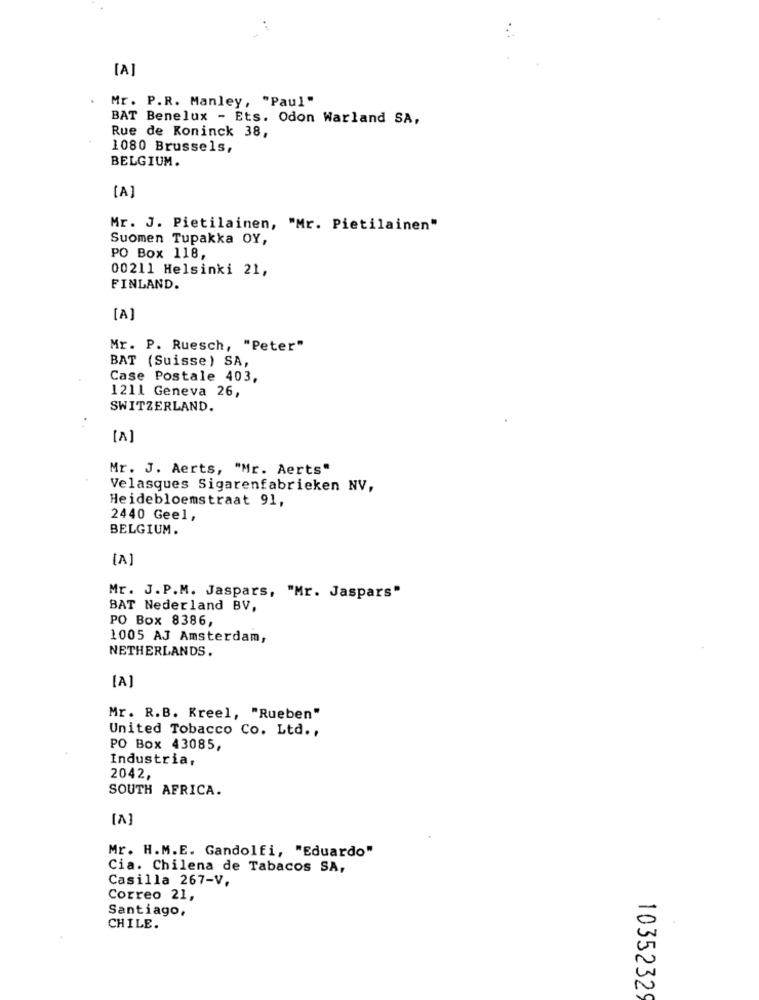
[A]
Mr. P.R. Manley, "Paul"
BAT Benelux - Ets. Odon Warland SA,
Rue de Koninck 38,
1080 Brussels,
BELGIUM.
[A]
Mr. J. Pietilainen, "Mr. Pietilainen"
Suomen Tupakka OY,
PO Box 118,
00211 Helsinki 21,
FINLAND.
[A]
Mr. P. Ruesch, "Peter"
BAT (Suisse ) SA,
Case Postale 403,
1211 Geneva 26,
SWITZERLAND.
[A]
Mr. J. Aerts, "Mr. Aerts"
Velasques Sigarenfabrieken NV,
Heidebloemstraat 91,
2440 Geel,
BELGIUM.
[A]
Mr. J.P.M. Jaspars, "Mr. Jaspars"
BAT Nederland BV,
PO Box 8386
1005 AJ Amsterdam,
NETHERLANDS.
[A]
Mr. R.B. Kreel, "Rueben"
United Tobacco Co. Ltd .,
PO Box 43085,
Industria,
2042,
SOUTH AFRICA.
Mr. H.M.E. Gandolfi, "Eduardo"
Cia. Chilena de Tabacos SA,
Casilla 267-V.
Correo 21,
Santiago,
CHILE.
10352329